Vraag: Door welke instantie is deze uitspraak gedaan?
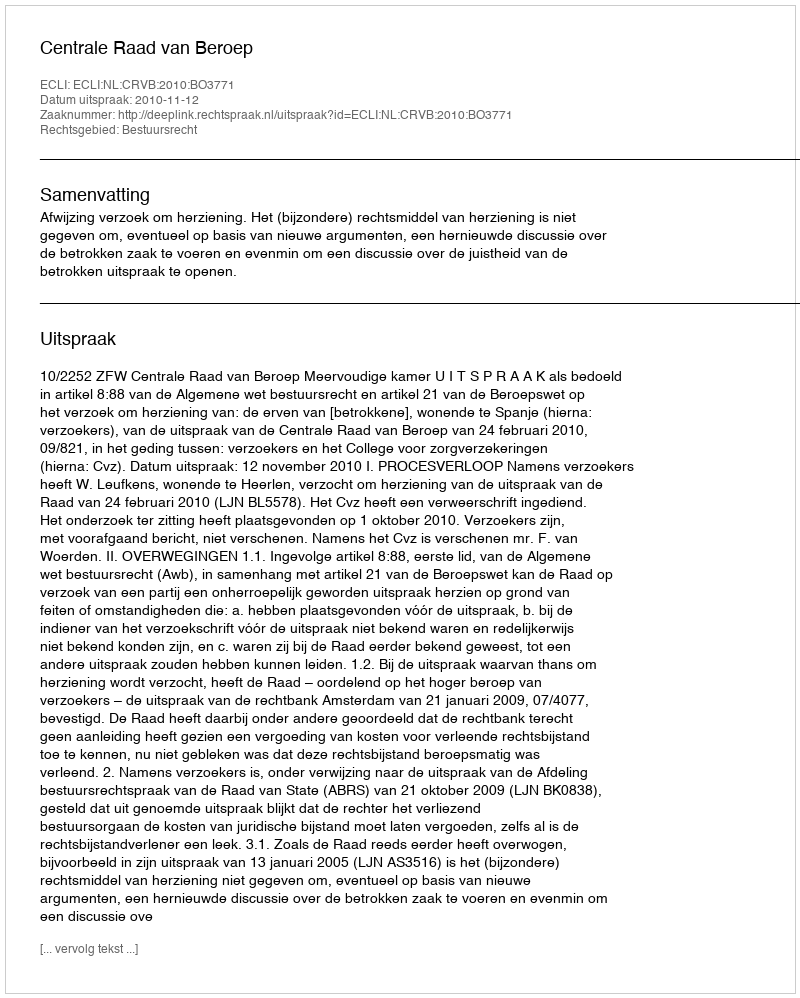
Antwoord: Centrale Raad van Beroep